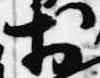
於